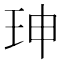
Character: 珅